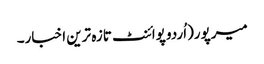
میرپور(اُردو پوائنٹ تازہ ترین اخبار۔